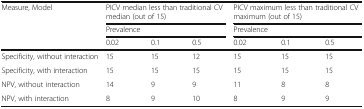
<table><thead><tr><td rowspan="3"><b>Measure, Model</b></td><td colspan="3"><b>PICV median less than traditional CV median (out of 15)</b></td><td colspan="3"><b>PICV maximum less than traditional CV maximum (out of 15)</b></td></tr><tr><td colspan="3"><b>Prevalence</b></td><td colspan="3"><b>Prevalence</b></td></tr><tr><td><b>0.02</b></td><td><b>0.1</b></td><td><b>0.5</b></td><td><b>0.02</b></td><td><b>0.1</b></td><td><b>0.5</b></td></tr></thead><tbody><tr><td>Specificity, without interaction</td><td>15</td><td>15</td><td>12</td><td>15</td><td>15</td><td>15</td></tr><tr><td>Specificity, with interaction</td><td>15</td><td>15</td><td>15</td><td>15</td><td>15</td><td>15</td></tr><tr><td>NPV, without interaction</td><td>14</td><td>9</td><td>9</td><td>11</td><td>8</td><td>8</td></tr><tr><td>NPV, with interaction</td><td>8</td><td>9</td><td>10</td><td>8</td><td>9</td><td>9</td></tr></tbody></table>